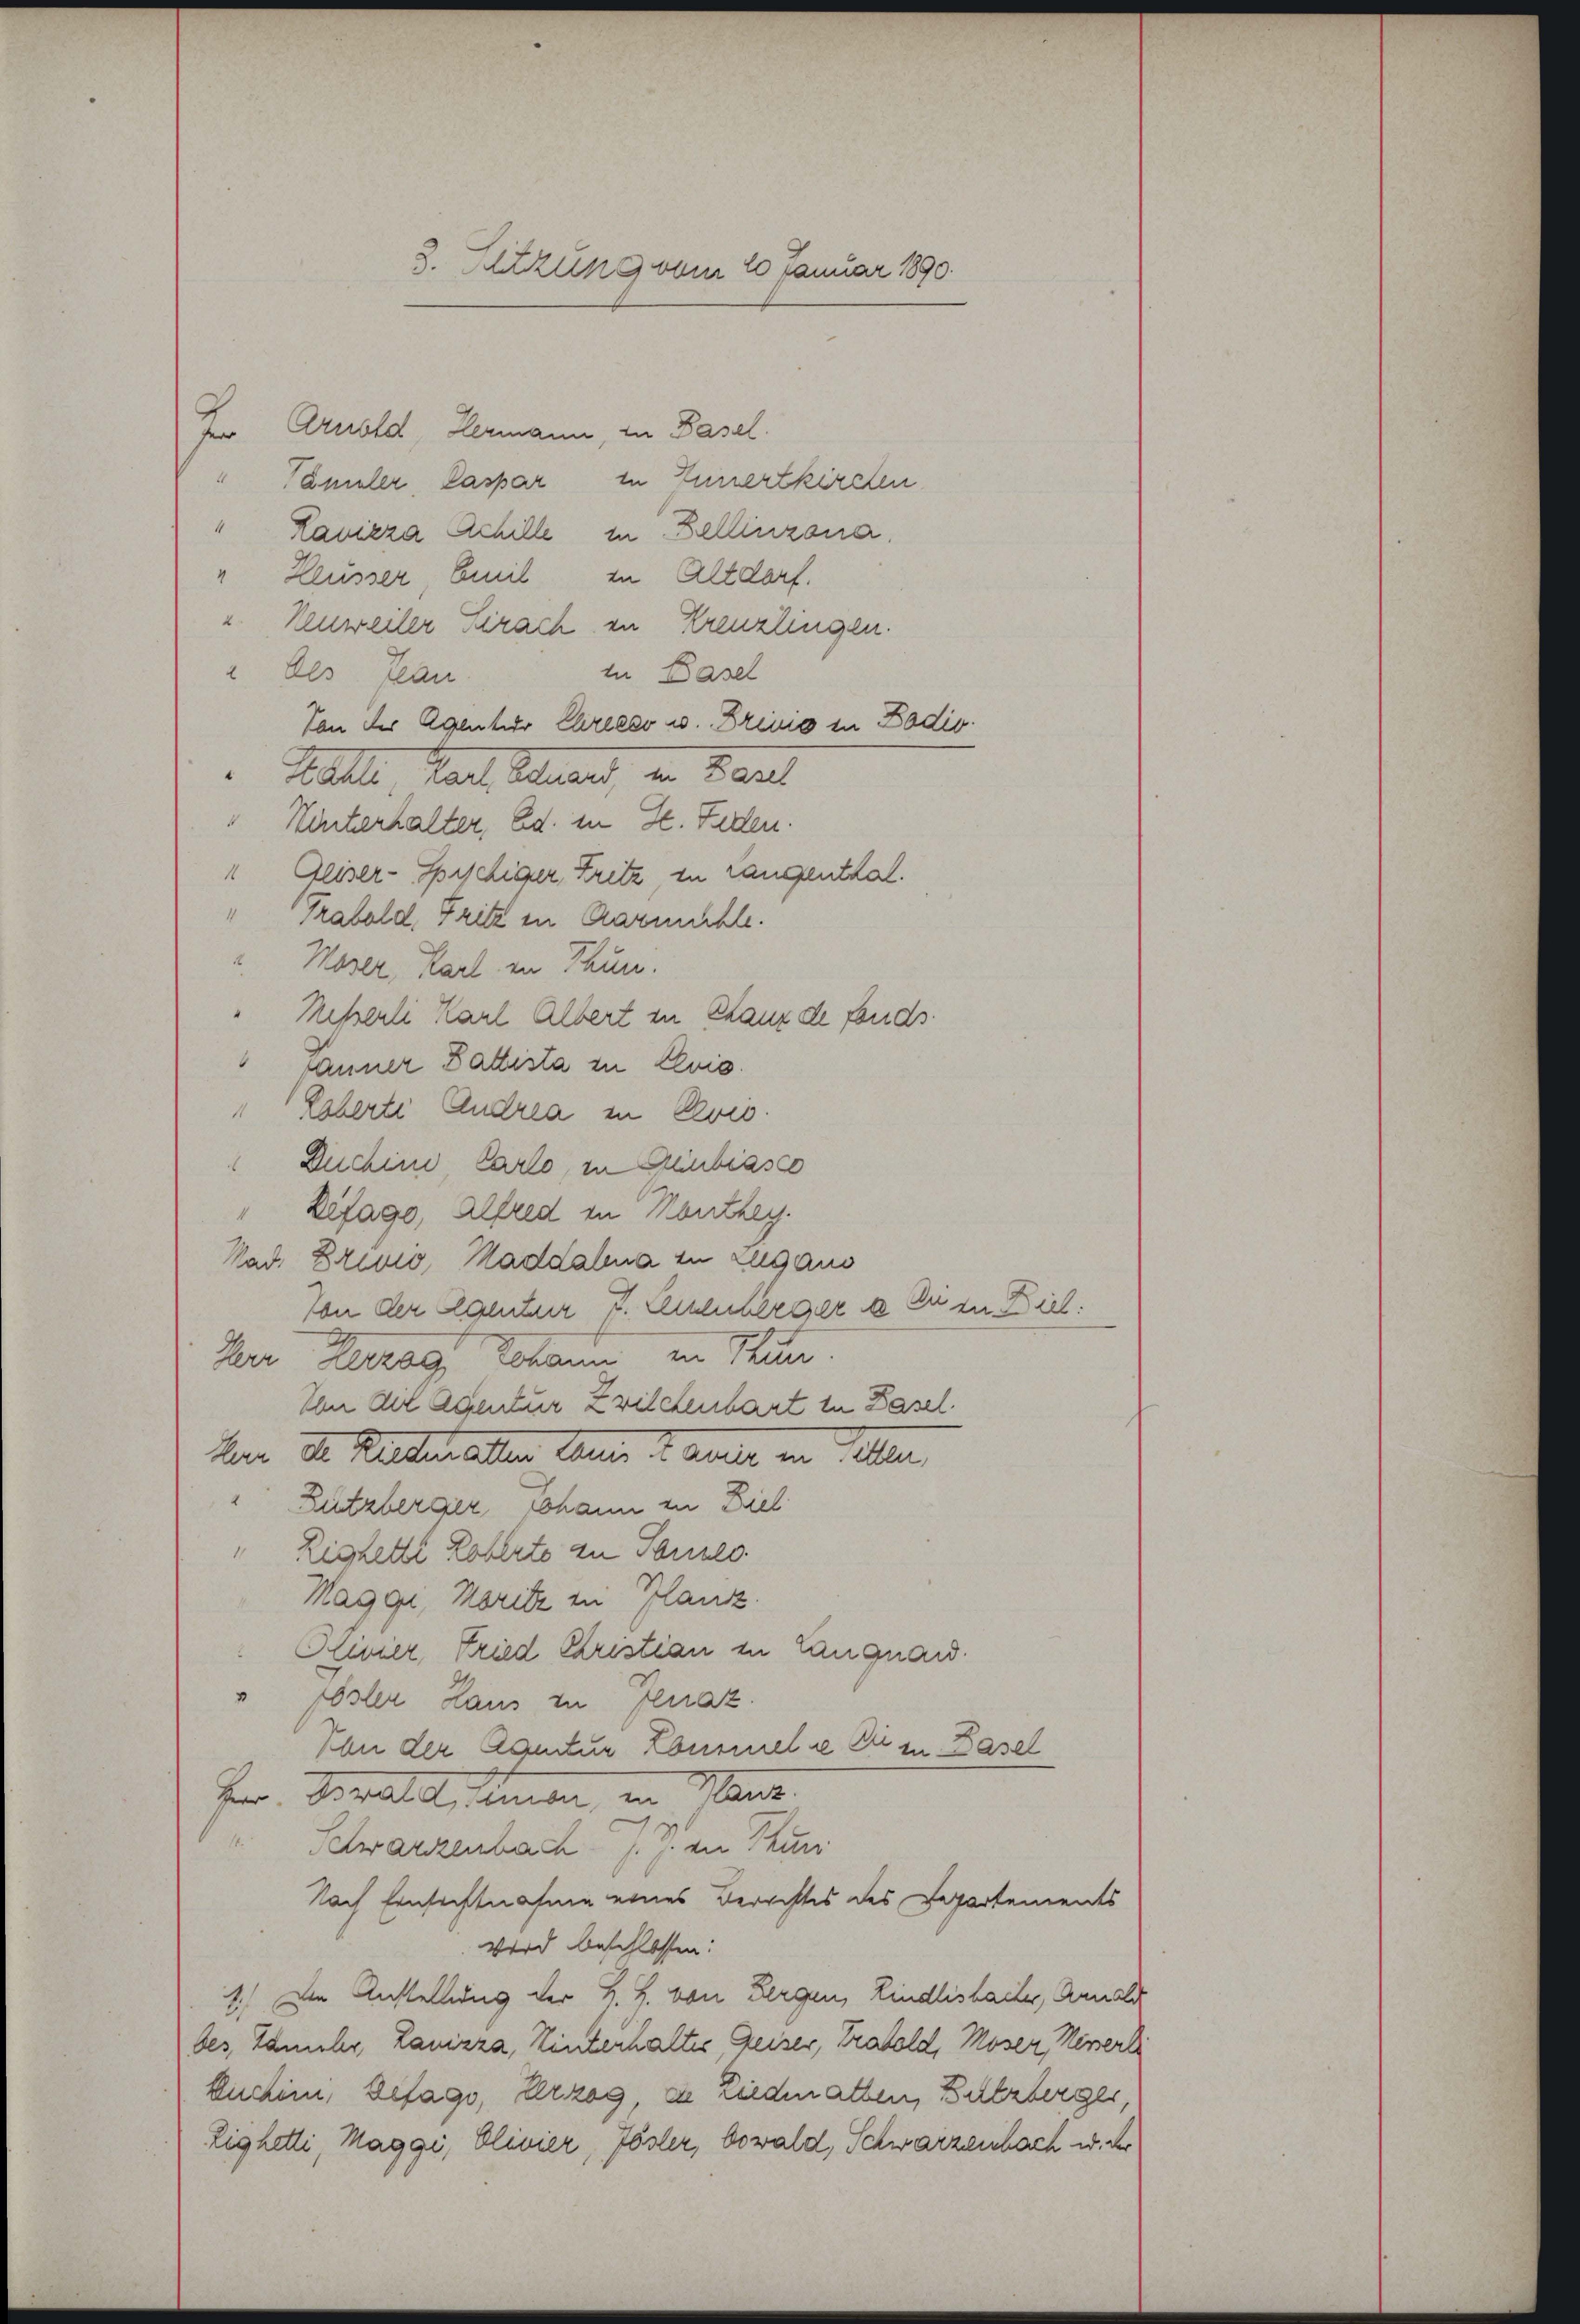
3. Sitzung vom 10. Januar 1890.

Hr. Arnold, Hermann, in Basel.
Tämeler, Caspar in Ennertkirchen
" Lavizza Schille in Bellinzona
" Reusser, Emil in Altdorf.
u. Neuweiler Krach in Kreuzlingen.
in Basel
" Als Jean
Von der Agentur Chireeso u. Dreis in Badis
Katte, Paul Schnet, in Bart
"Hinterhalter, Ed. in H. Faden.
"Geiser-Spichiger, Fritz, zu rangenthal.
" Trabold, Fritz in Aarmühle.
Noser, Karl in Thun.
Messerli Karl Albert in Chaux de fonds.
Lanner Gattista in Elvis.
"Löberti Andrea in Revis.
Duchini Carlo, in Giubiasco
"Zifago, Alfred in Nanthey.
Mad. Brević, Maddalena in Zugano
Von der Agentur F. Lienberger & Ei in Biel:
Herr Herzag Johann in Thun
Von die Agentur Zwilchenbart in Basel.
ker I. Kletten alten kennen u. ander in Peten
Zutzberger Mohann zu Ziel
Lighetti Roberte zu Toulo
Maggi, Moritz zu Pflanz.
Hivier, Fried Christian in Langnard.
" Pöster Haus zu fluaz.
Von der Aquitur Lourmel se Dir zu Basel
Hr. Gewalt ihnen, in Mens
Schwarzenbach J. J. in Turi
Nach Einsichtnahme eines Berechtes des Departements
wird beschlossen:
1.) Die Anstellung der 2 J. von Bergen, Rindlishacter, Annal
bes, Zamehr, Lanizza, Hinterhaltes Geiser, Trabold, Moser, Minerli
kuchein, Befago, erzog, zu niedenatten, Butzberger,
Eighetti Maggi, Olivier, Zösler, bewald, Schwarzenbach u. der